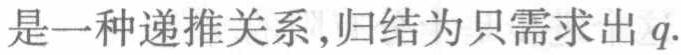
是一种递推关系,归结为只需求出 \(q\).